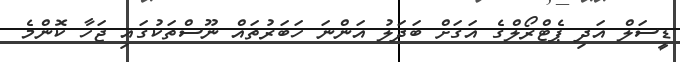
ޑީސަލް އަދި ޕެޓްރޯލްގެ އަގަށް ބަދަލު އަންނަ ހަބަރުތައް ނޫސްތަކުގައި ޖަހާ ކޮންމެ